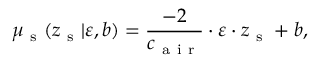
\mu _ { \mathrm { ~ s ~ } } ( z _ { \mathrm { ~ s ~ } } | \varepsilon , b ) = \frac { - 2 } { c _ { \mathrm { ~ a ~ i ~ r ~ } } } \cdot \varepsilon \cdot z _ { \mathrm { ~ s ~ } } + b ,